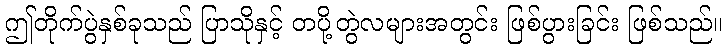
ဤတိုက်ပွဲနှစ်ခုသည် ပြာသိုနှင့် တပို့တွဲလများအတွင်း ဖြစ်ပွားခြင်း ဖြစ်သည်။